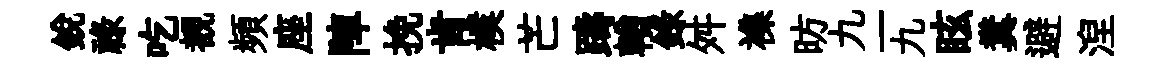
銳祿吃覩頻座陣挽肯樸芒躊輶錄舛襍昉九一九眩糞避湼